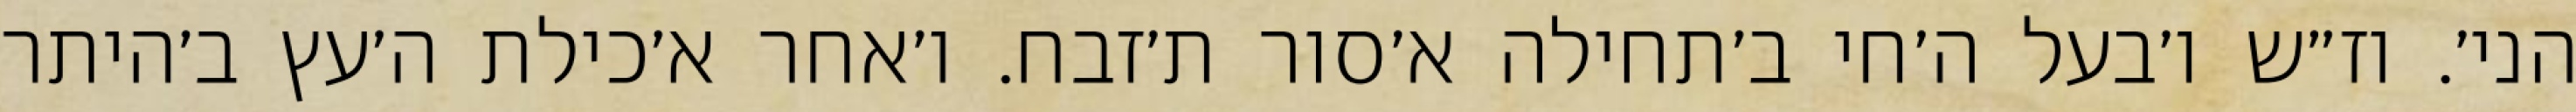
הני׳. וז״ש ו׳בעל ה׳חי ב׳תחילה א׳סור ת׳זבח. ו׳אחר א׳כילת ה׳עץ ב׳היתר